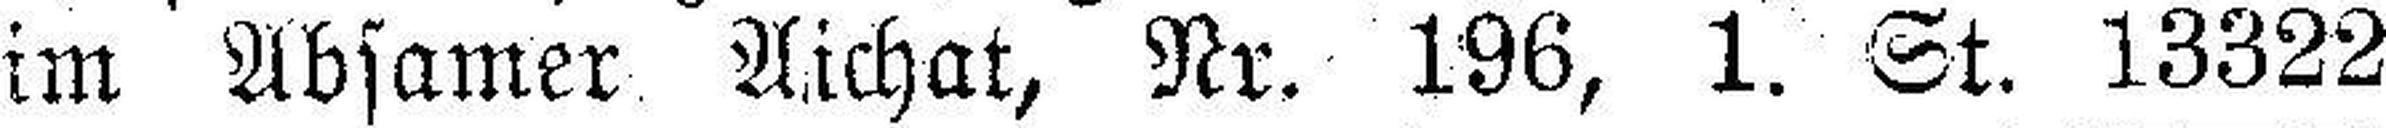
im Absamer Aichat, Nr. 196, 1. St. 13322